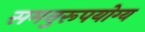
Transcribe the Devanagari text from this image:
समनुरूपयोग्य